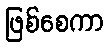
ဖြစ်စေကာ